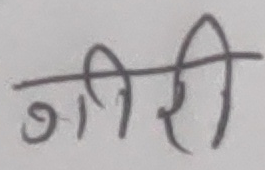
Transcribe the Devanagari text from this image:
गीरी